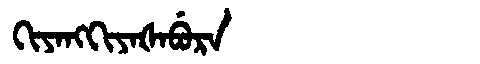
Manchu: ᡴᡳᠶᠠᠩᡴᡳᠶᠠᡧᠠᠪᡠᡵᠠ
Romanization: KIYANGKIYAŠABURA